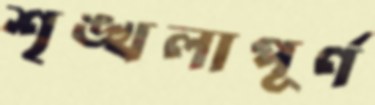
শৃঙ্খলাপূর্ণ